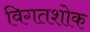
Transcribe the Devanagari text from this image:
विगतशोक